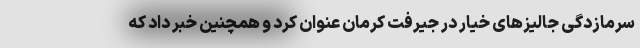
سرمازدگی جالیزهای خیار در جیرفت کرمان عنوان کرد و همچنین خبر داد که